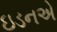
ઇડનએ